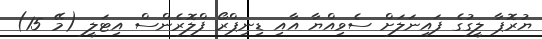
ޔުރޮޕާ ލީގުގެ ފައިނަލަށް ސެވިއްޔާ އާއި ޑިނިޕްރޯ ފްލޮރެންސް އިޓަލީ (މޭ 15)